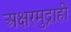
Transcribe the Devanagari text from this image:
अक्षरमुद्राही